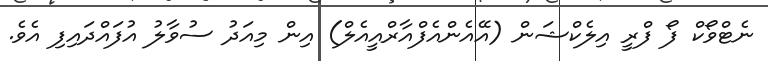
ނެޓްވޯކް ފޯ ފްރީ އިލެކްޝަން (އޭއެންއެފްއާރްއީއެލް) އިން މިއަދު ސުވާލު އުފައްދައިފި އެވެ.